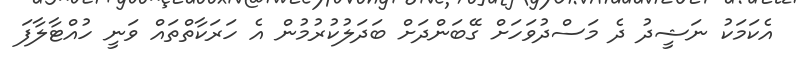
އެކަމަކު ނަޝީދު ދެ މަސްދުވަހަށް ގޭބަންދަށް ބަދަލުކުރުމުން އެ ހަރަކާތްތައް ވަނީ ހުއްޓާލާފަ